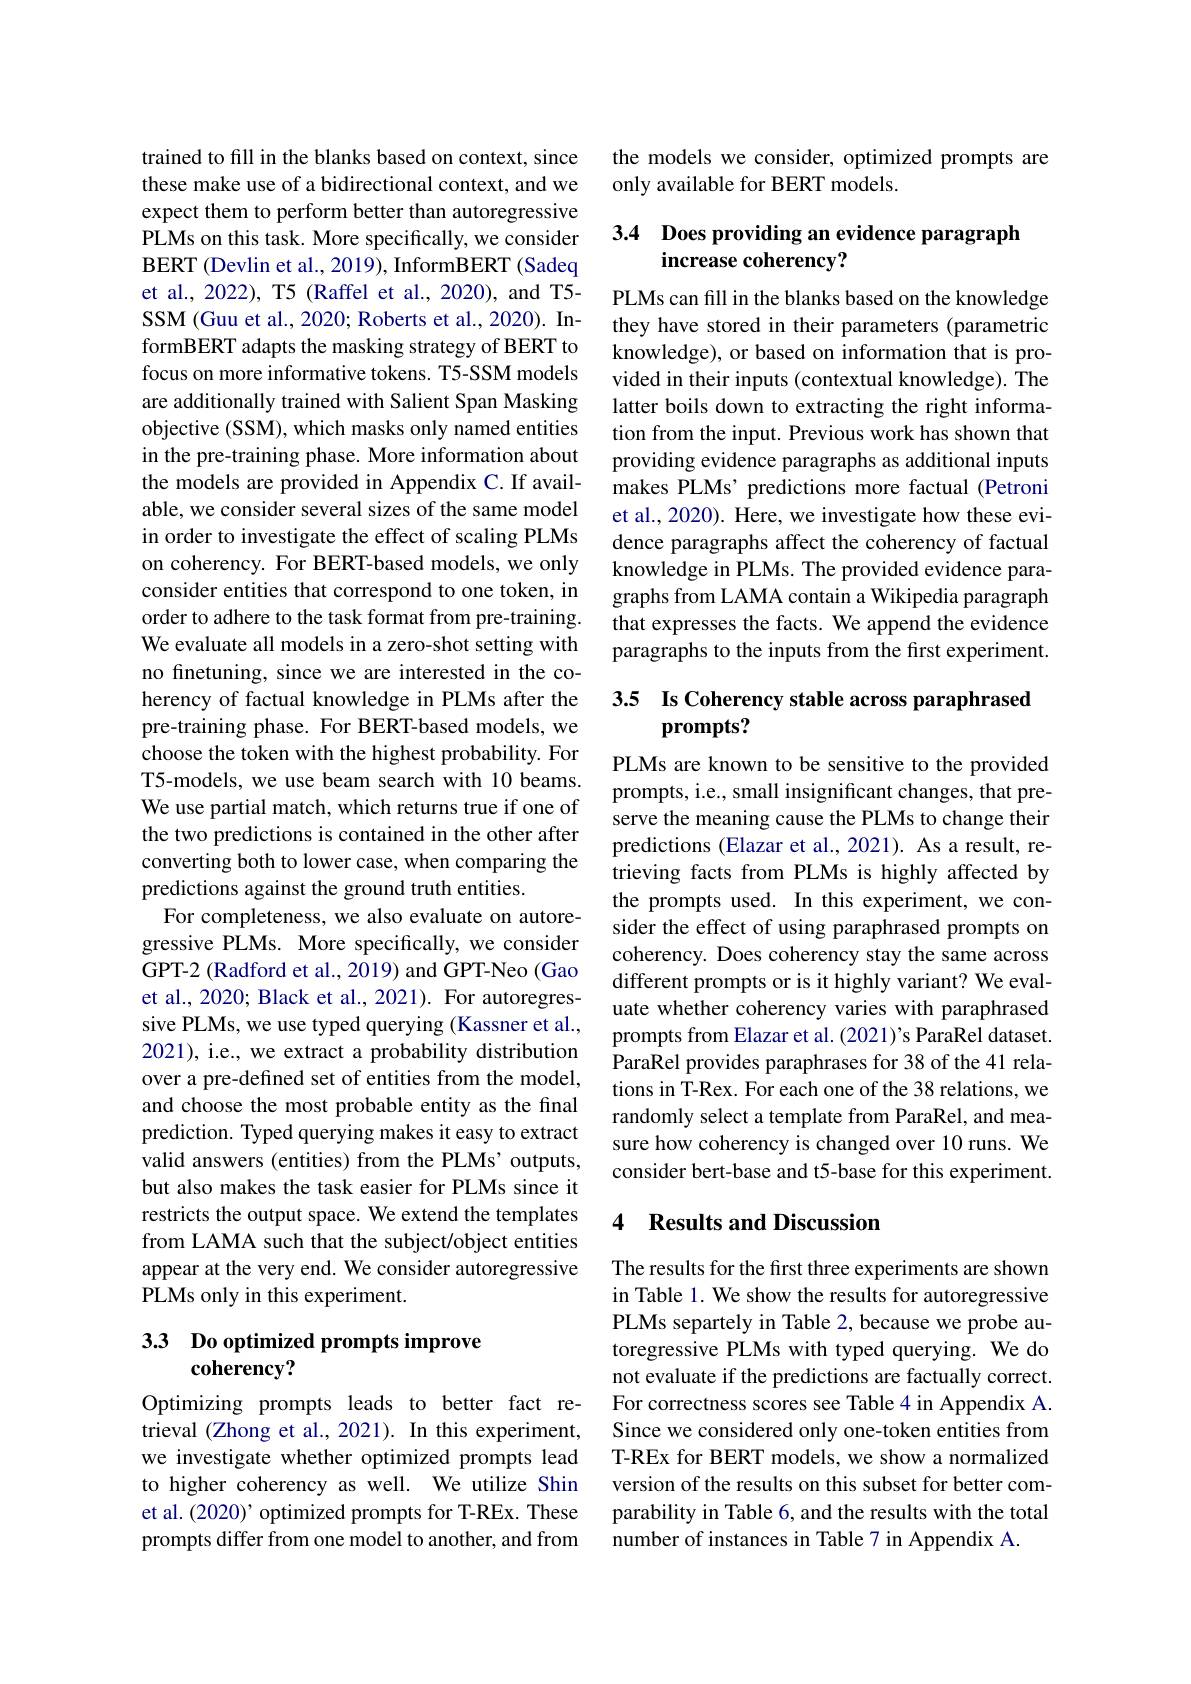
trained to fill in the blanks based on context, since these make use of a bidirectional context, and we expect them to perform better than autoregressive PLMs on this task. More specifically, we consider BERT (Devlin et al., 2019), InformBERT (Sadeq et al., 2022), T5 (Raffel et al., 2020), and T5- SSM (Guu et al., 2020; Roberts et al., 2020). InformBERT adapts the masking strategy of BERT to focus on more informative tokens. T5-SSM models are additionally trained with Salient Span Masking objective (SSM), which masks only named entities in the pre-training phase. More information about the models are provided in Appendix C. If available, we consider several sizes of the same model in order to investigate the effect of scaling PLMs on coherency. For BERT-based models, we only consider entities that correspond to one token, in order to adhere to the task format from pre-training. We evaluate all models in a zero-shot setting with no finetuning, since we are interested in the coherency of factual knowledge in PLMs after the pre-training phase. For BERT-based models, we choose the token with the highest probability. For T5-models, we use beam search with 10 beams. We use partial match, which returns true if one of the two predictions is contained in the other after converting both to lower case, when comparing the predictions against the ground truth entities.
For completeness, we also evaluate on autoregressive PLMs. More specifically, we consider GPT-2 (Radford et al., 2019) and GPT-Neo (Gao et al., 2020; Black et al., 2021). For autoregressive PLMs, we use typed querying (Kassner et al., 2021), i.e., we extract a probability distribution over a pre-defined set of entities from the model, and choose the most probable entity as the final prediction. Typed querying makes it easy to extract valid answers (entities) from the PLMs' outputs, but also makes the task easier for PLMs since it restricts the output space. We extend the templates from LAMA such that the subject/object entities appear at the very end. We consider autoregressive PLMs only in this experiment.

# 33 Do optimized prompts improve coherency?

Optimizing prompts leads to better fact retrieval (Zhong et al., 2021). In this experiment, we investigate whether optimized prompts lead to higher coherency as well. We utilize Shin et al. (2020)' optimized prompts for T-REx. These prompts differ from one model to another, and from

the models we consider, optimized prompts are
only available for BERT models.

## 3.4 Does providing an evidence paragraph increase coherency?

PLMs can fill in the blanks based on the knowledge they have stored in their parameters (parametric knowledge), or based on information that is provided in their inputs (contextual knowledge). The latter boils down to extracting the right information from the input. Previous work has shown that providing evidence paragraphs as additional inputs makes PLMs’ predictions more factual (Petroni et al., 2020). Here, we investigate how these evidence paragraphs affect the coherency of factual knowledge in PLMs. The provided evidence paragraphs from LAMA contain a Wikipedia paragraph that expresses the facts. We append the evidence paragraphs to the inputs from the first experiment.

# 3.5 Is Coherency stable across paraphrased prompts?

PLMs are known to be sensitive to the provided prompts, i.e., small insignificant changes, that preserve the meaning cause the PLMs to change their predictions (Elazar et al., 2021). As a result, retrieving facts from PLMs is highly affected by the prompts used. In this experiment, we consider the effect of using paraphrased prompts on coherency. Does coherency stay the same across different prompts or is it highly variant? We evaluate whether coherency varies with paraphrased prompts from Elazar et al. (2021)'s ParaRel dataset. ParaRel provides paraphrases for 38 of the 41 relations in T-Rex. For each one of the 38 relations, we randomly select a template from ParaRel, and measure how coherency is changed over 10 runs. We consider bert-base and t5-base for this experiment.

### 4 Results and Discussion

The results for the first three experiments are shown in Table 1. We show the results for autoregressive PLMs separtely in Table 2, because we probe autoregressive PLMs with typed querying. We do not evaluate if the predictions are factually correct. For correctness scores see Table 4 in Appendix A. Since we considered only one-token entities from T-REx for BERT models, we show a normalized version of the results on this subset for better comparability in Table 6, and the results with the total number of instances in Table 7 in Appendix A